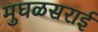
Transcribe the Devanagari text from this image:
मुघळसराई